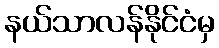
နယ်သာလန်နိုင်ငံမှ